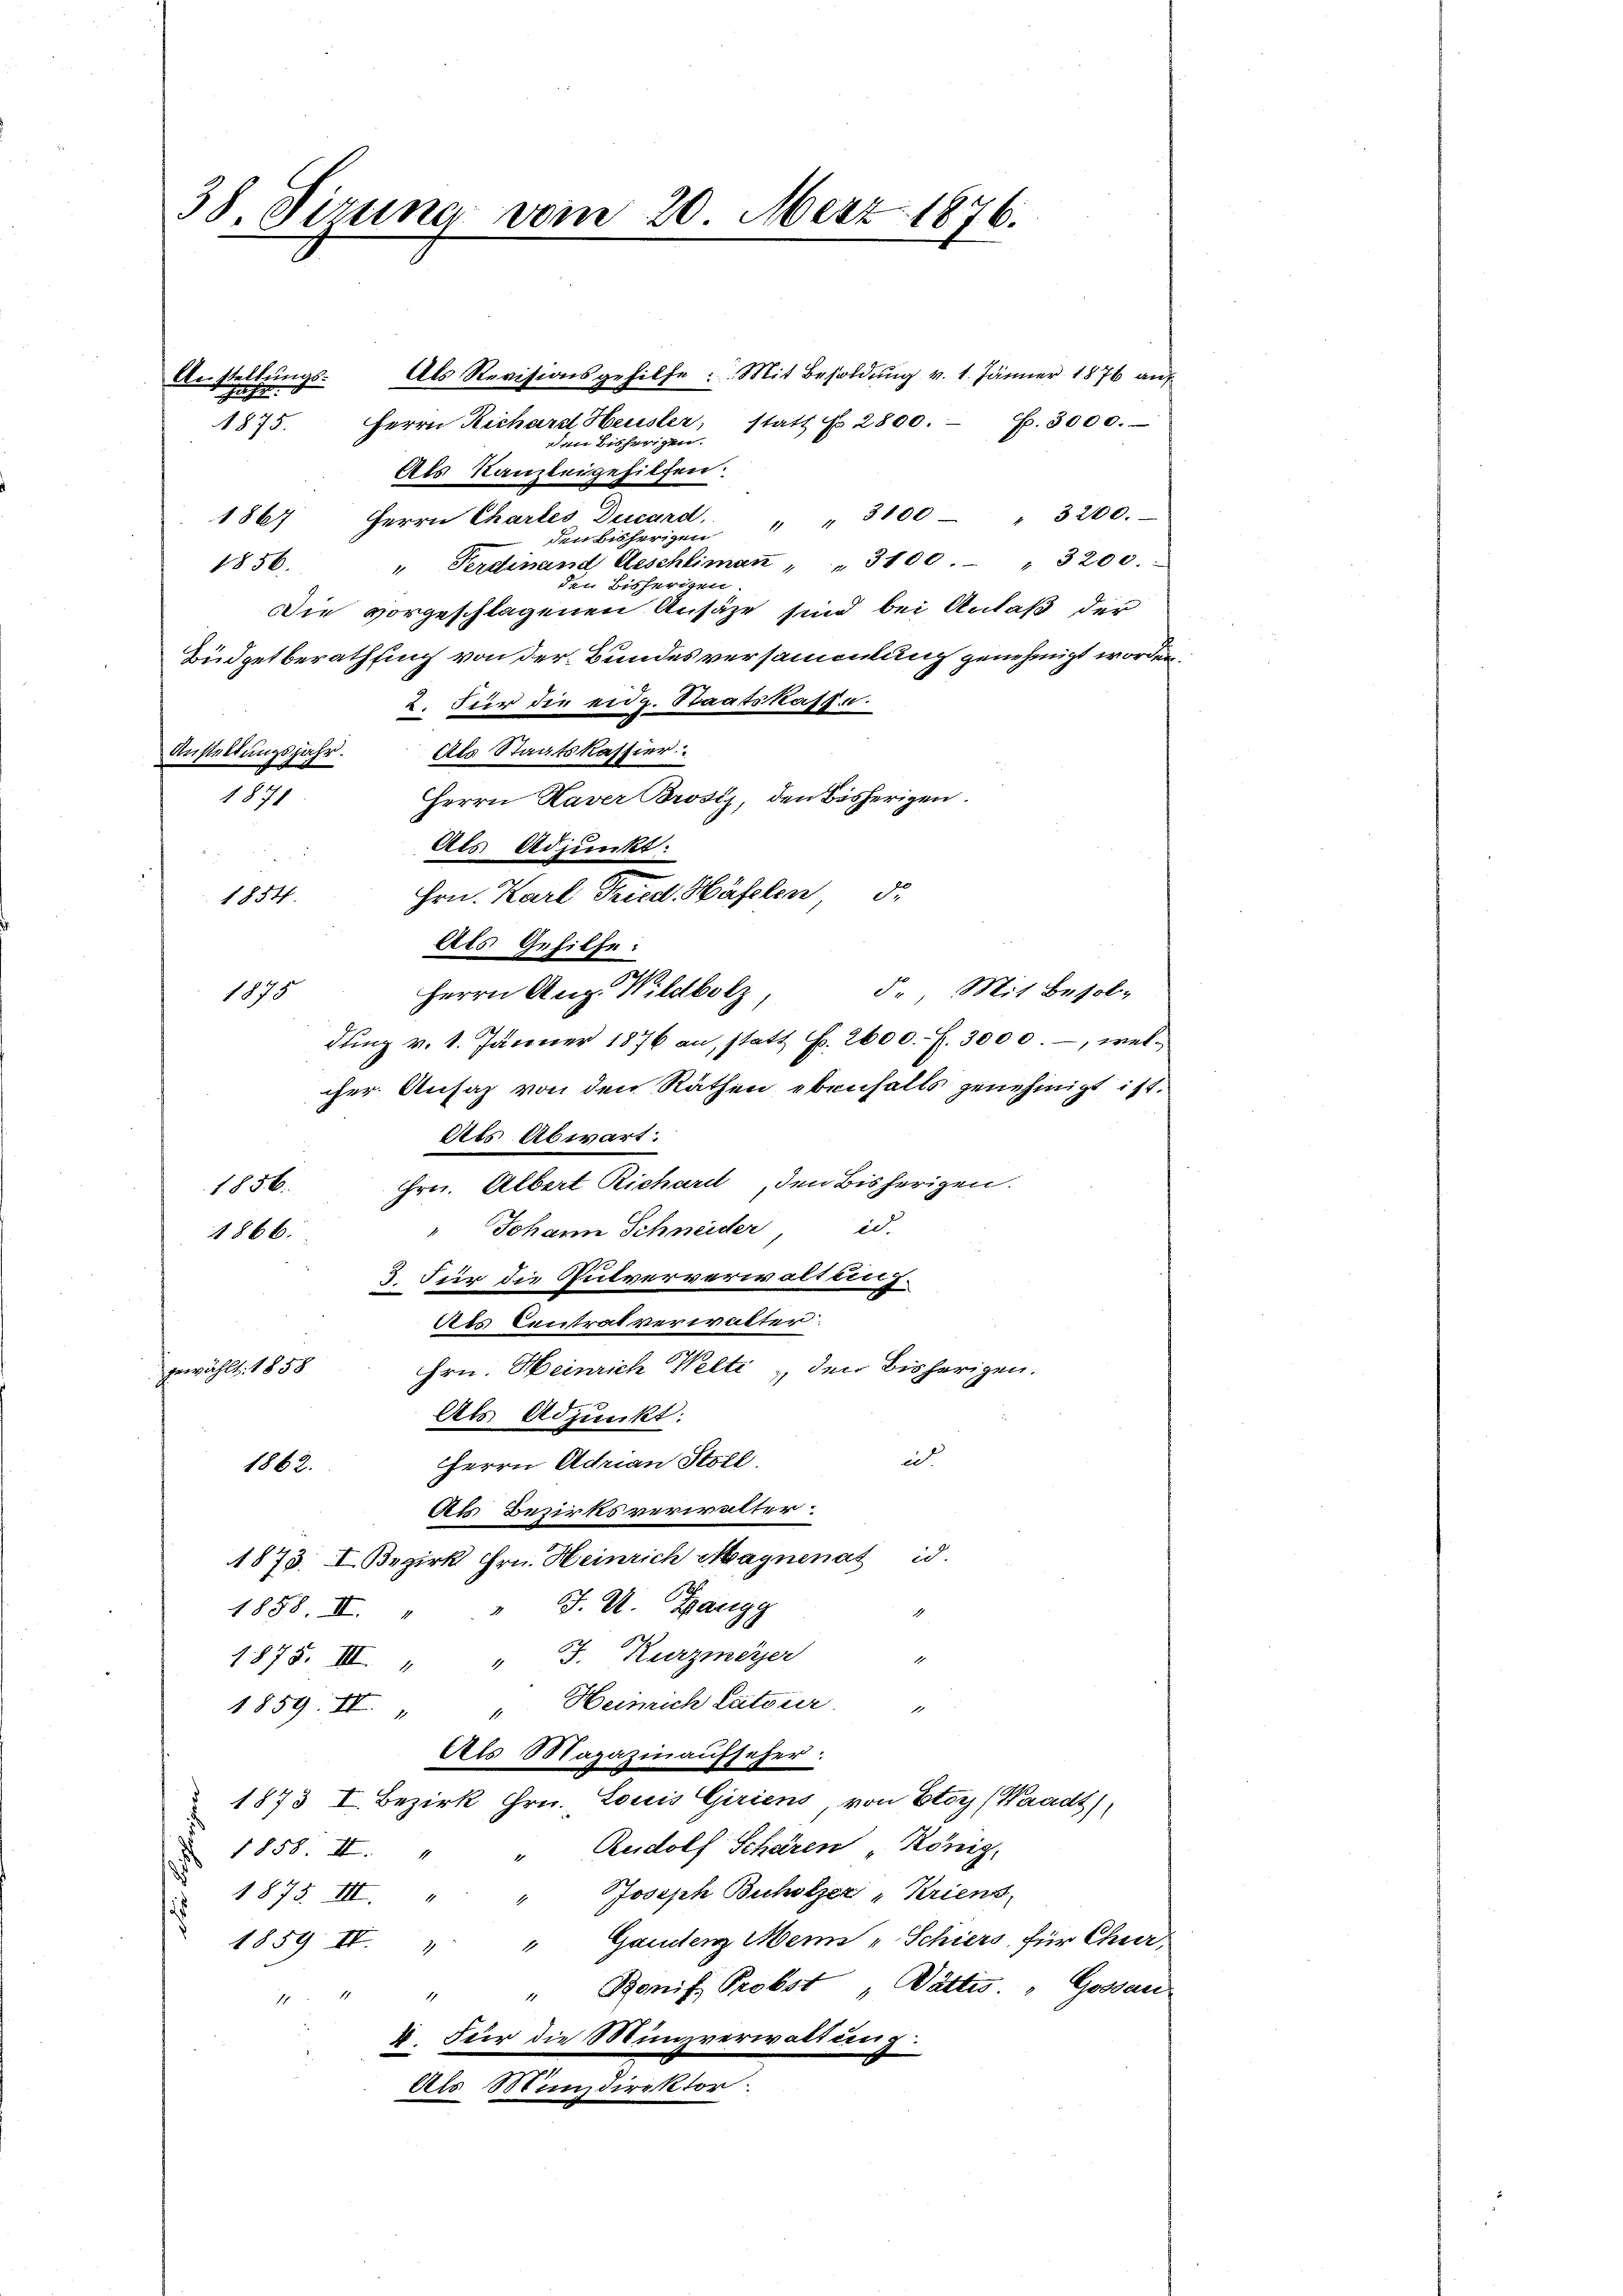
38. Verzuna vom 20. Merz 1876.

Anstellŭngs- Als Revisionsgehilfe: Mit Besoldŭng v. 1. Jänner 1876 an
h
Herrn Richard Heusler, statt No. 2800. f. 3000.
1875.
den bisherigen.
Als Kanzleigehilfen.
1867 Herrn Chartes Decard
den bisherigen " " 3100 " 3200.
" Ferdinand Aeschlimaṅ " " 3100 " 3200.
1856.
den Bisherigen
Die vorgeschlagenen Ansäze sind bei Anlaß der
Büdgetberathsing von der Bundesversammlung genehmigt worden.
2. Für die eidg. Staatskasse.
Anstaltungsjahr. Als Staatskassier
1871
Herrn Kaver Brosiz, den bisherigen.
Als Adjunkt:
Hrn. Karl Fried Häfelen d.
1854.
Als Gehilfe:
5., Mit Besol
Herrn Aug. Wildbolz,
1875
dung v. 1. Jänner 1876 an, statt f. 2600. f. 3000., welcher Ansaz von den Räthen ebenfalls genehmigt ist.
Als Abwart:
Hrn. Albert Richard, den Bisherigen.
1856.
in
" Johann Schneider
1866.
3. Für die Gutververwaltung.
Als Centrat verwalter.
gewählt. 1858.
Hrn. Heinrich Welti, den bisherigen.
Als Adjunkt:
u
Herrn Adrian Stoll.
1862.
Als Bezirksverwalter
1875. I. Bezirk Hrn. Heinrich Magnenat id
" J. U. Zangg
1888. II.
1
1
1878. III. " " F. Kurzmeyer
1859. IV. " " Heinrich Catoner "
Als Magazinaufseher:
1873 I. Bezirk Hrn. Louis Giriens, von Etoy (Waadt)
Reidolf Schären König.
.
1858. II. "
Joseph Buholzer Kriens,
 1875. III.
1859 IV. " " Gaudenz Meine „Schiers für Chur-
" Bonif Probst, Dättis. " Gossan
7
4. Für die Münzverwaltung
Als Münzdirektor